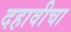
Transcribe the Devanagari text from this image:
दहावीचा